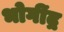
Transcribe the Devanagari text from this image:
भोगींद्र